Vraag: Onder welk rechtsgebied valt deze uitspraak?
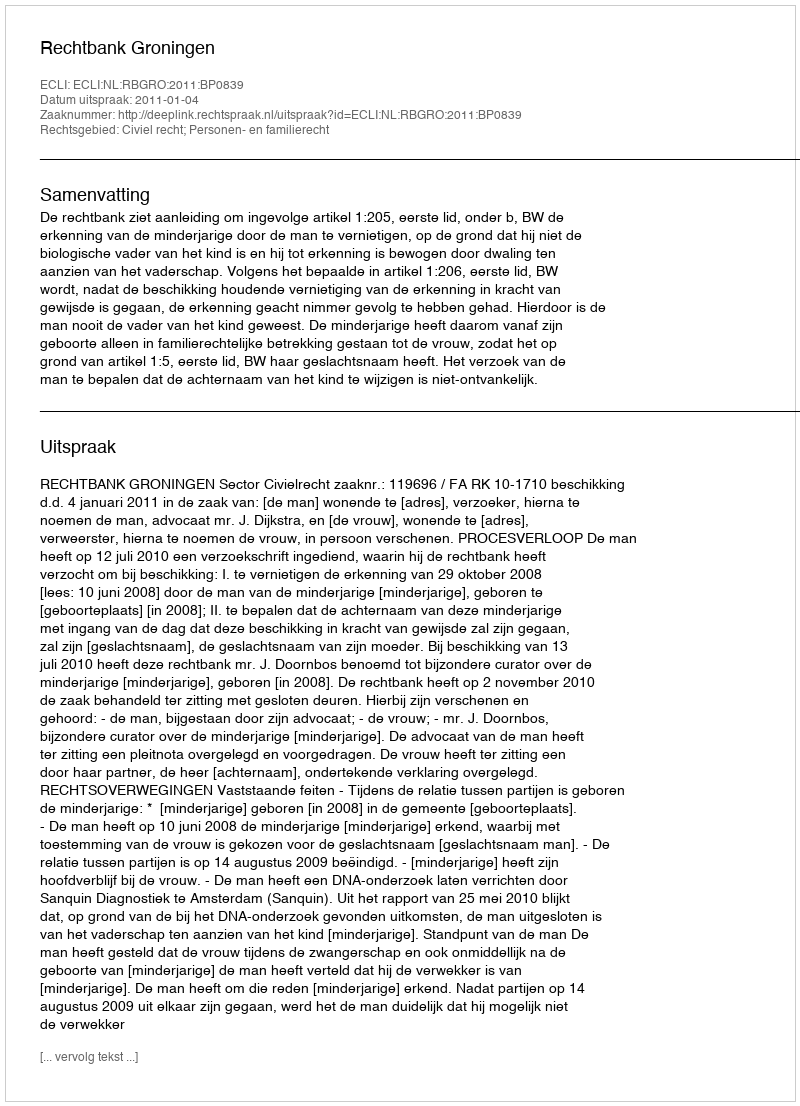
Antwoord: Civiel recht; Personen- en familierecht